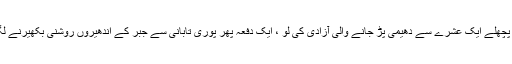
اور پچھلے ایک عشرے سے دھیمی پڑ جانے والی آزادی کی لو ، ایک دفعہ پھر پوری تابانی سے جبر کے اندھیروں روشنی بکھیرنے لگی ۔